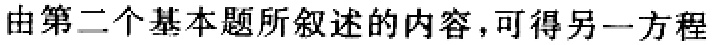
由第二个基本题所叙述的内容,可得另一方程